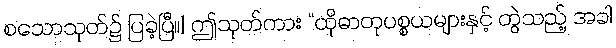
စသောသုတ်၌ ပြခဲ့ပြီ။] ဤသုတ်ကား “ထိုဓာတုပစ္စယများနှင့် တွဲသည့် အခါ